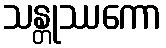
သန္တုဿကော